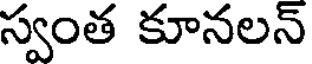
స్వంత కూనలన్